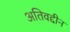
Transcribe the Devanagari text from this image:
अतिवद्दीन